Report of the Indian Hemp Drugs Commission, 1894-1895 - Volume VI
Year: 1894
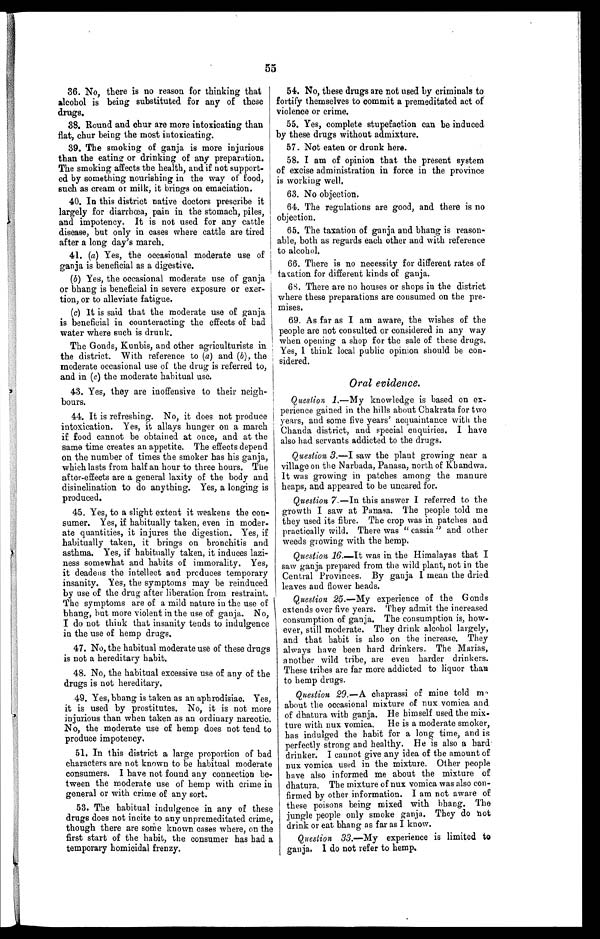
55
36. No, there is no reason for thinking that
alcohol is being substituted for any of these
drugs.
38. Round and chur are more intoxicating than
flat, chur being the most intoxicating.
39. The smoking of ganja is more injurious
than the eating or drinking of any preparation.
The smoking affects the health, and if not support-
ed by something nourishing in the way of food,
such as cream or milk, it brings on emaciation.
40. In this district native doctors prescribe it
largely for diarrhœa, pain in the stomach, piles,
and impotency. It is not used for any cattle
disease, but only in cases where cattle are tired
after a long day's march.
41. (a) Yes, the occasional moderate use of
ganja is beneficial as a digestive.
(b) Yes, the occasional moderate use of ganja
or bhang is beneficial in severe exposure or exer-
tion, or to alleviate fatigue.
(c) It is said that the moderate use of ganja
is beneficial in counteracting the effects of bad
water where such is drunk.
The Gonds, Kunbis, and other agriculturists in
the district. With reference to (a) and (b), the
moderate occasional use of the drug is referred to,
and in (c) the moderate habitual use.
43. Yes, they are inoffensive to their neigh-
bours.
44. It is refreshing. No, it does not produce
intoxication. Yes, it allays hunger on a march
if food cannot be obtained at once, and at the
same time creates an appetite. The effects depend
on the number of times the smoker has his ganja,
which lasts from half an hour to three hours. The
after-effects are a general laxity of the body and
disinclination to do anything. Yes, a longing is
produced.
45. Yes, to a slight extent it weakens the con-
-sumer. Yes, if habitually taken, even in moder--
ate quantities, it injures the digestion. Yes, if
habitually taken, it brings on bronchitis and
asthma. Yes, if habitually taken, it induces lazi-
ness somewhat and habits of immorality. Yes,
it deadens the intellect and produces temporary
insanity. Yes, the symptoms may be reinduced
by use of the drug after liberation from restraint.
The symptoms are of a mild nature in the use of
bhang, but more violent in the use of ganja. No,
I do not think that insanity tends to indulgence
in the use of hemp drugs.
47. No, the habitual moderate use of these drugs
is not a hereditary habit.
48. No, the habitual excessive use of any of the
drugs is not hereditary.
49. Yes, bhang is taken as an aphrodisiac. Yes,
it is used by prostitutes. No, it is not more
injurious than when taken as an ordinary narcotic.
No the moderate use of hemp does not tend to
produce impotency.
51. In this district a large proportion of bad
characters are not known to be habitual moderate
consumers. I have not found any connection be-
tween the moderate use of hemp with crime in
general or with crime of any sort.
53. The habitual indulgence in any of these
drugs does not incite to any unpremeditated crime,
though there are some known cases where, on the
first start of the habit, the consumer has had a
temporary homicidal frenzy.
54. No, these drugs are not used by criminals to
fortify themselves to commit a premeditated act of
violence or crime.
55. Yes, complete stupefaction can be induced
by these drugs without admixture.
57. Not eaten or drunk here.
58. I am of opinion that the present system
of excise administration in force in the province
is working well.
63. No objection.
64. The regulations are good, and there is no
objection.
65. The taxation of ganja and bhang is reason-
- a b l e , b o t h a s r e g a r d s e a c h o t h e r a n d w i t h r e f e r e n c e
to alcohol.
66. There is no necessity for different rates of
taxation for different kinds of ganja.
68. There are no houses or shops in the district
where these preparations are consumed on the pre-
mises.
69. As far as I am aware, the wishes of the
people are not consulted or considered in any way
whenopening a shop for the sale of these drugs.
Yes, I think local public opinion should be con-
sidered.
Oral evidence.
Question 1.— My knowledge is based on ex-
perience gained in the hills about Chakrata for two
years, and some five years' acquaintance with the
Chanda district, and special enquiries. I have
also had servants addicted to the drugs.
Question 3.—I saw the plant growing near a
village on the Narbada, Panasa, north of Khandwa.
It was growing in patches among the manure
heaps, and appeared to be uncared for.
Question 7.—In this answer I referred to the
growth I saw at Panasa. The people told me
they used its fibre. The crop was in patches and
practically wild. There was " cassia " and other
weeds growing with the hemp.
Question 16.—It was in the Himalayas that I
saw ganja prepared from the wild plant, not in the
Central Provinces. By ganja I mean the dried
leaves and flower heads.
Question 25.— My experience of the Gonds
extends over five years. They admit the increased
consumption of ganja. The consumption is, how-
ever, still moderate. They drink alcohol largely,
and that habit is also on the increase. They
always have been hard drinkers. The Marias,
another wild tribe, are even harder drinkers.
These tribes are far more addicted to liquor than
to hemp drugs.
Question 29.—A chaprassi of mine told m-
about the occasional mixture of nux vomica and
of dhatura with ganja. He himself used the mix
- t u r e w i t h n u x v o m i c a . H e i s a m o d e r a t e s m o k e r ,
has indulged the habit for a long time, and is
perfectly strong and healthy. He is also a hard
drinker. I cannot give any idea of the amount of
nux vomica used in the mixture. Other people
have also informed me about the mixture of
dhatura. The mixture of nux vomica was also
c o n - f i r m e d b y o t h e r i n f o r m a t i o n . I a m n o t a w a r e o f
these poisons being
mixed
with bhang The
jungle people only smoke ganja. They do n ot
drink or eat bhang as far as I know.
Question 33.—My experience is limited to
ganja. I do not refer to hemp.